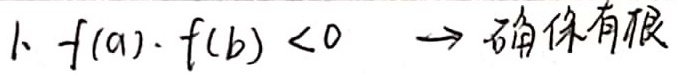
$f(a)\cdot f(b)<0 \to$ 确保有根